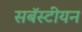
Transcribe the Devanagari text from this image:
सबॅस्टीयन